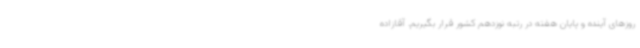
روزهای آینده و پایان هفته در رتبه نوزدهم کشور قرار بگیریم. آقازاده